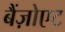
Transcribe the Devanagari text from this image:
बैंज़ोएट